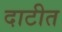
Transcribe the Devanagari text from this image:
दाटीत